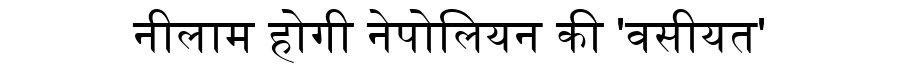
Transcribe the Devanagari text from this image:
नीलाम होगी नेपोलियन की 'वसीयत'